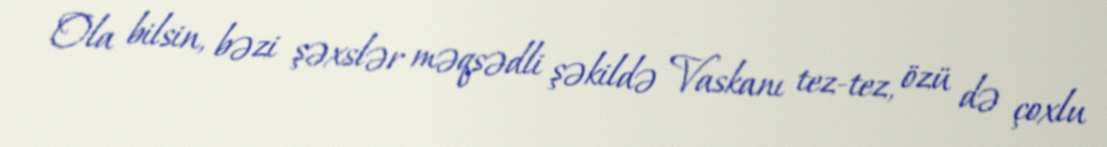
Ola bilsin, bəzi şəxslər məqsədli şəkildə Vaskanı tez-tez, özü də çoxlu